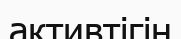
активтігін